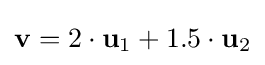
\mathbf {v} =2\cdot \mathbf {u} _{1}+1.5\cdot \mathbf {u} _{2}